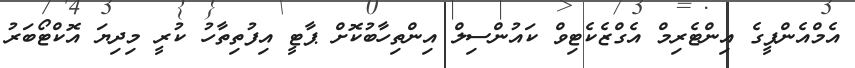
އެމްއެންޕީގެ އިންޓެރިމް އެގްޒެކެޓިވް ކައުންސިލް އިންތިހާބުކޮށް ޕާޓީ އިިފުތިތާހު ކުރީ މިދިޔަ އޮކްޓޯބަރު